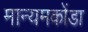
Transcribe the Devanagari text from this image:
मान्यमकोंडा